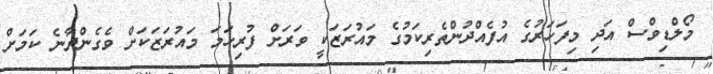
މޯލްޑިވްސް އަދި މިފަހަރުގެ އުފެއްދުންތެރިކަމުގެ މައުރަޒަކީ ވަރަށް ފުރިހަމަ މައުރަޒަކަށް ވެގެންދާނެ ކަމަށް